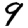
Digit: 9